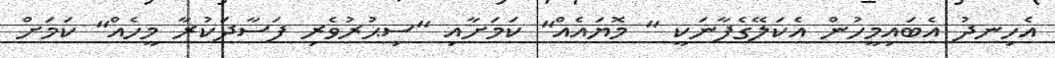
އެހިނދު އެބައިމީހުން އެކަލޭގެފާނަކީ " މޮޔައެއް" ކަމަށާއި "ސިޙުރުވެރި ފަސާދަކުރާ މީހެއް" ކަމަށް